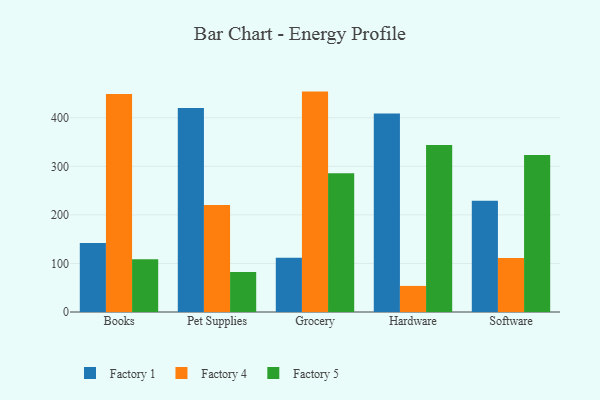
{"axis": {"x": "Category", "y": "Satisfaction Score"}, "legend": ["Factory 1", "Factory 4", "Factory 5"], "data": [{"x": "Books", "y": 142.1, "type": "Factory 1"}, {"x": "Books", "y": 449.2, "type": "Factory 4"}, {"x": "Books", "y": 108.5, "type": "Factory 5"}, {"x": "Pet Supplies", "y": 420.2, "type": "Factory 1"}, {"x": "Pet Supplies", "y": 220.2, "type": "Factory 4"}, {"x": "Pet Supplies", "y": 82.5, "type": "Factory 5"}, {"x": "Grocery", "y": 111.9, "type": "Factory 1"}, {"x": "Grocery", "y": 453.9, "type": "Factory 4"}, {"x": "Grocery", "y": 285.8, "type": "Factory 5"}, {"x": "Hardware", "y": 408.8, "type": "Factory 1"}, {"x": "Hardware", "y": 53.7, "type": "Factory 4"}, {"x": "Hardware", "y": 343.9, "type": "Factory 5"}, {"x": "Software", "y": 229.3, "type": "Factory 1"}, {"x": "Software", "y": 111.0, "type": "Factory 4"}, {"x": "Software", "y": 323.3, "type": "Factory 5"}]}